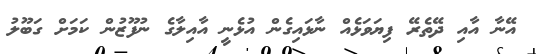
އޭނާ އާއި ދޭތެރޭ ފިޔަވަޅެއް ނާޅައިގެން އުޅެނީ އާއިލާގެ ނުފޫޒުން ކަމަށް ގަބޫލު